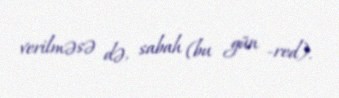
verilməsə də, sabah (bu gün -red).